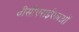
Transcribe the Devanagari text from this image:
वीसीएसईएलओं